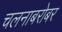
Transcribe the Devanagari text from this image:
चलनाबरोबर